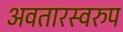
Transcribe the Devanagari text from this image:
अवतारस्वरुप